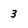
Character: 3